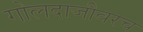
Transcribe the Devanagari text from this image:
गोलदाजीवरच